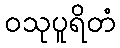
ဝသုပူရိတံ